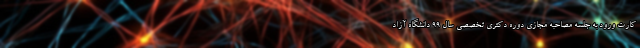
کارت ورود به جلسه مصاحبه مجازی دوره دکتری تخصصی سال 99 دانشگاه آزاد